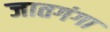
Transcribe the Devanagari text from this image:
जातगंगा